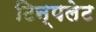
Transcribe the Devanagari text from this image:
टिन्पलेट